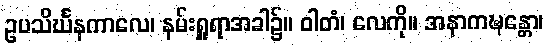
ဥပသိင်္ဃနကာလေ၊ နမ်းရှူရာအခါ၌။ ဝါတံ၊ လေကို။ အနာကဍ္ဎန္တော၊